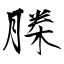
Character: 榺